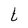
Character: t